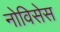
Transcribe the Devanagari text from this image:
नोविसेस